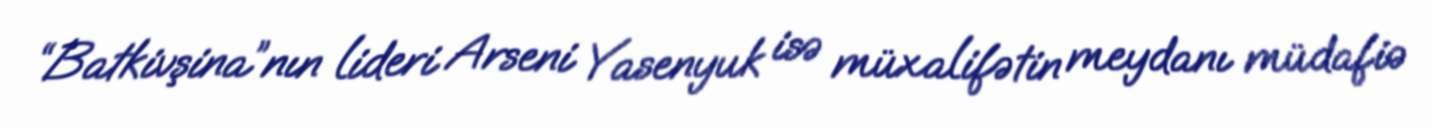
“Batkivşina”nın lideri Arseni Yasenyuk isə müxalifətin meydanı müdafiə